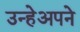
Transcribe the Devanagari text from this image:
उन्हेअपने